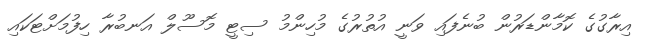
އިރާގުގެ ކޮމާންޑަރުން ބުނެފައި ވަނީ އުތުރުގެ މުހިންމު ސިޓީ މޮސޫލް އަނބުރާ ހިފުމަށްޓަކައި